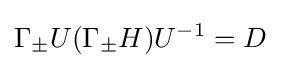
\Gamma _{\pm }U(\Gamma _{\pm }H)U^{-1}=D